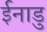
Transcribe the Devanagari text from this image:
ईनाडु